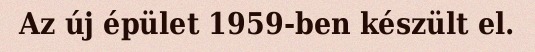
Az új épület 1959-ben készült el.